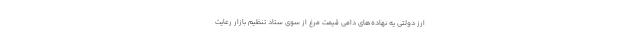
ارز دولتی یه نهاده‌های دامی قیمت مرغ از سوی ستاد تنظیم بازار رعایت